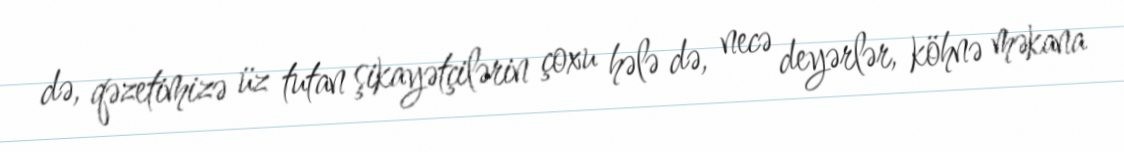
də, qəzetimizə üz tutan şikayətçilərin çoxu hələ də, necə deyərlər, köhnə məkana